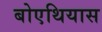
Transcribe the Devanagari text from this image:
बोएथियास